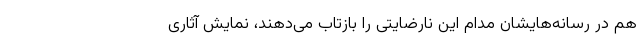
هم در رسانه‌هایشان مدام این نارضایتی را بازتاب می‌دهند، نمایش آثاری